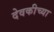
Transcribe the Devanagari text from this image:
देवकीच्या